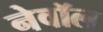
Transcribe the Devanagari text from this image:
नेवॉल